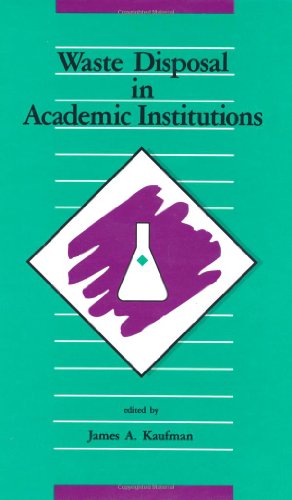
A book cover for Waste Disposal in Academic Institutions; James A. Kaufman; Science & Math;